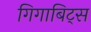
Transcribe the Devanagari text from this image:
गिगाबिट्स